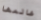
عالمها